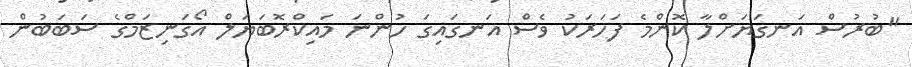
"ބުރުސް އަނގަޔަށްލާ ކޮންމެ ފަހަރަކު ވެސް އަނގައިގަ ހުންނަ މައިކްރޮބަޔަލް އޯގަނިޒަމްގެ ސަބަބުން